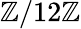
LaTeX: \mathbb{Z}/12\mathbb{Z}